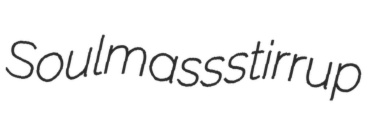
Soulmass stirrup